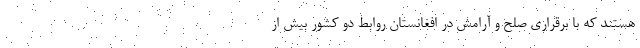
هستند که با برقراری صلح و آرامش در افغانستان روابط دو کشور بیش از